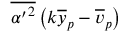
\overline { { { \alpha ^ { \prime } } ^ { 2 } } } \left( k \overline { { y } } _ { p } - \overline { { v } } _ { p } \right)